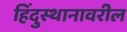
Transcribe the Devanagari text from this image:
हिंदुस्थानावरील